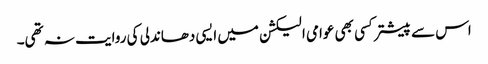
اس سے پیشتر کسی بھی عوامی الیکشن میں ایسی دھاندلی کی روایت نہ تھی۔